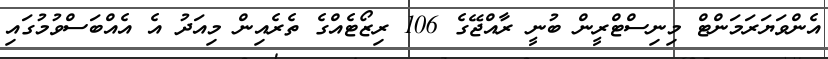
އެންވަޔަރަމަންޓް މިނިސްޓްރީން ބުނީ ރާއްޖޭގެ 106 ރިޒޯޓެއްގެ ތެރެއިން މިއަދު އެ އެއްބަސްވުމުގައި